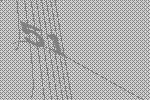
51